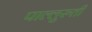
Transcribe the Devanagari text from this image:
पाल्लुरुती